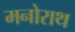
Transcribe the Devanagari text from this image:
मनोराथ